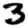
Digit: 3